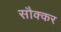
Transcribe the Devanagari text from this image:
सौक्कर